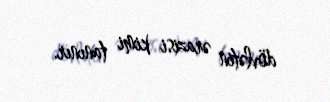
dövlətin ərazisi kimi tanınır.